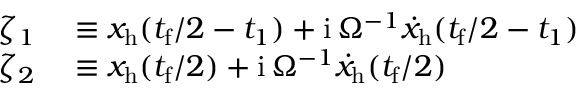
\begin{array} { r l } { \zeta _ { 1 } } & { { } \equiv x _ { \mathrm { h } } ( t _ { \mathrm { f } } / 2 - t _ { 1 } ) + \mathrm { i } \, \Omega ^ { - 1 } { \dot { x } } _ { \mathrm { h } } ( t _ { \mathrm { f } } / 2 - t _ { 1 } ) } \\ { \zeta _ { 2 } } & { { } \equiv x _ { \mathrm { h } } ( t _ { \mathrm { f } } / 2 ) + \mathrm { i } \, \Omega ^ { - 1 } { \dot { x } } _ { \mathrm { h } } ( t _ { \mathrm { f } } / 2 ) } \end{array}